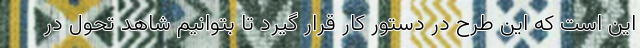
این است که این طرح در دستور کار قرار گیرد تا بتوانیم شاهد تحول در